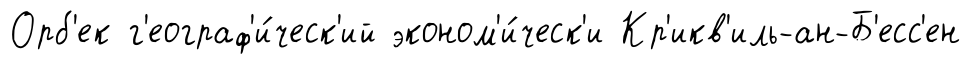
Орб'ек г'еограф'и́ческ'ий эконом'и́ческ'и Кр'икв'иль-ан-Б'есс'ен